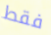
فقط